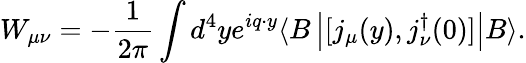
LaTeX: W_{\mu\nu}=-\frac{1}{2\pi}\int d^{4}ye^{iq\cdot y}\langle B\left|[j_{\mu}(y),j_{\nu}^{\dagger}(0)]\right|B\rangle.